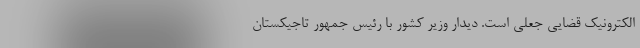
الکترونیک قضایی جعلی است. دیدار وزیر کشور با رئیس جمهور تاجیکستان